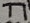
Text: T1